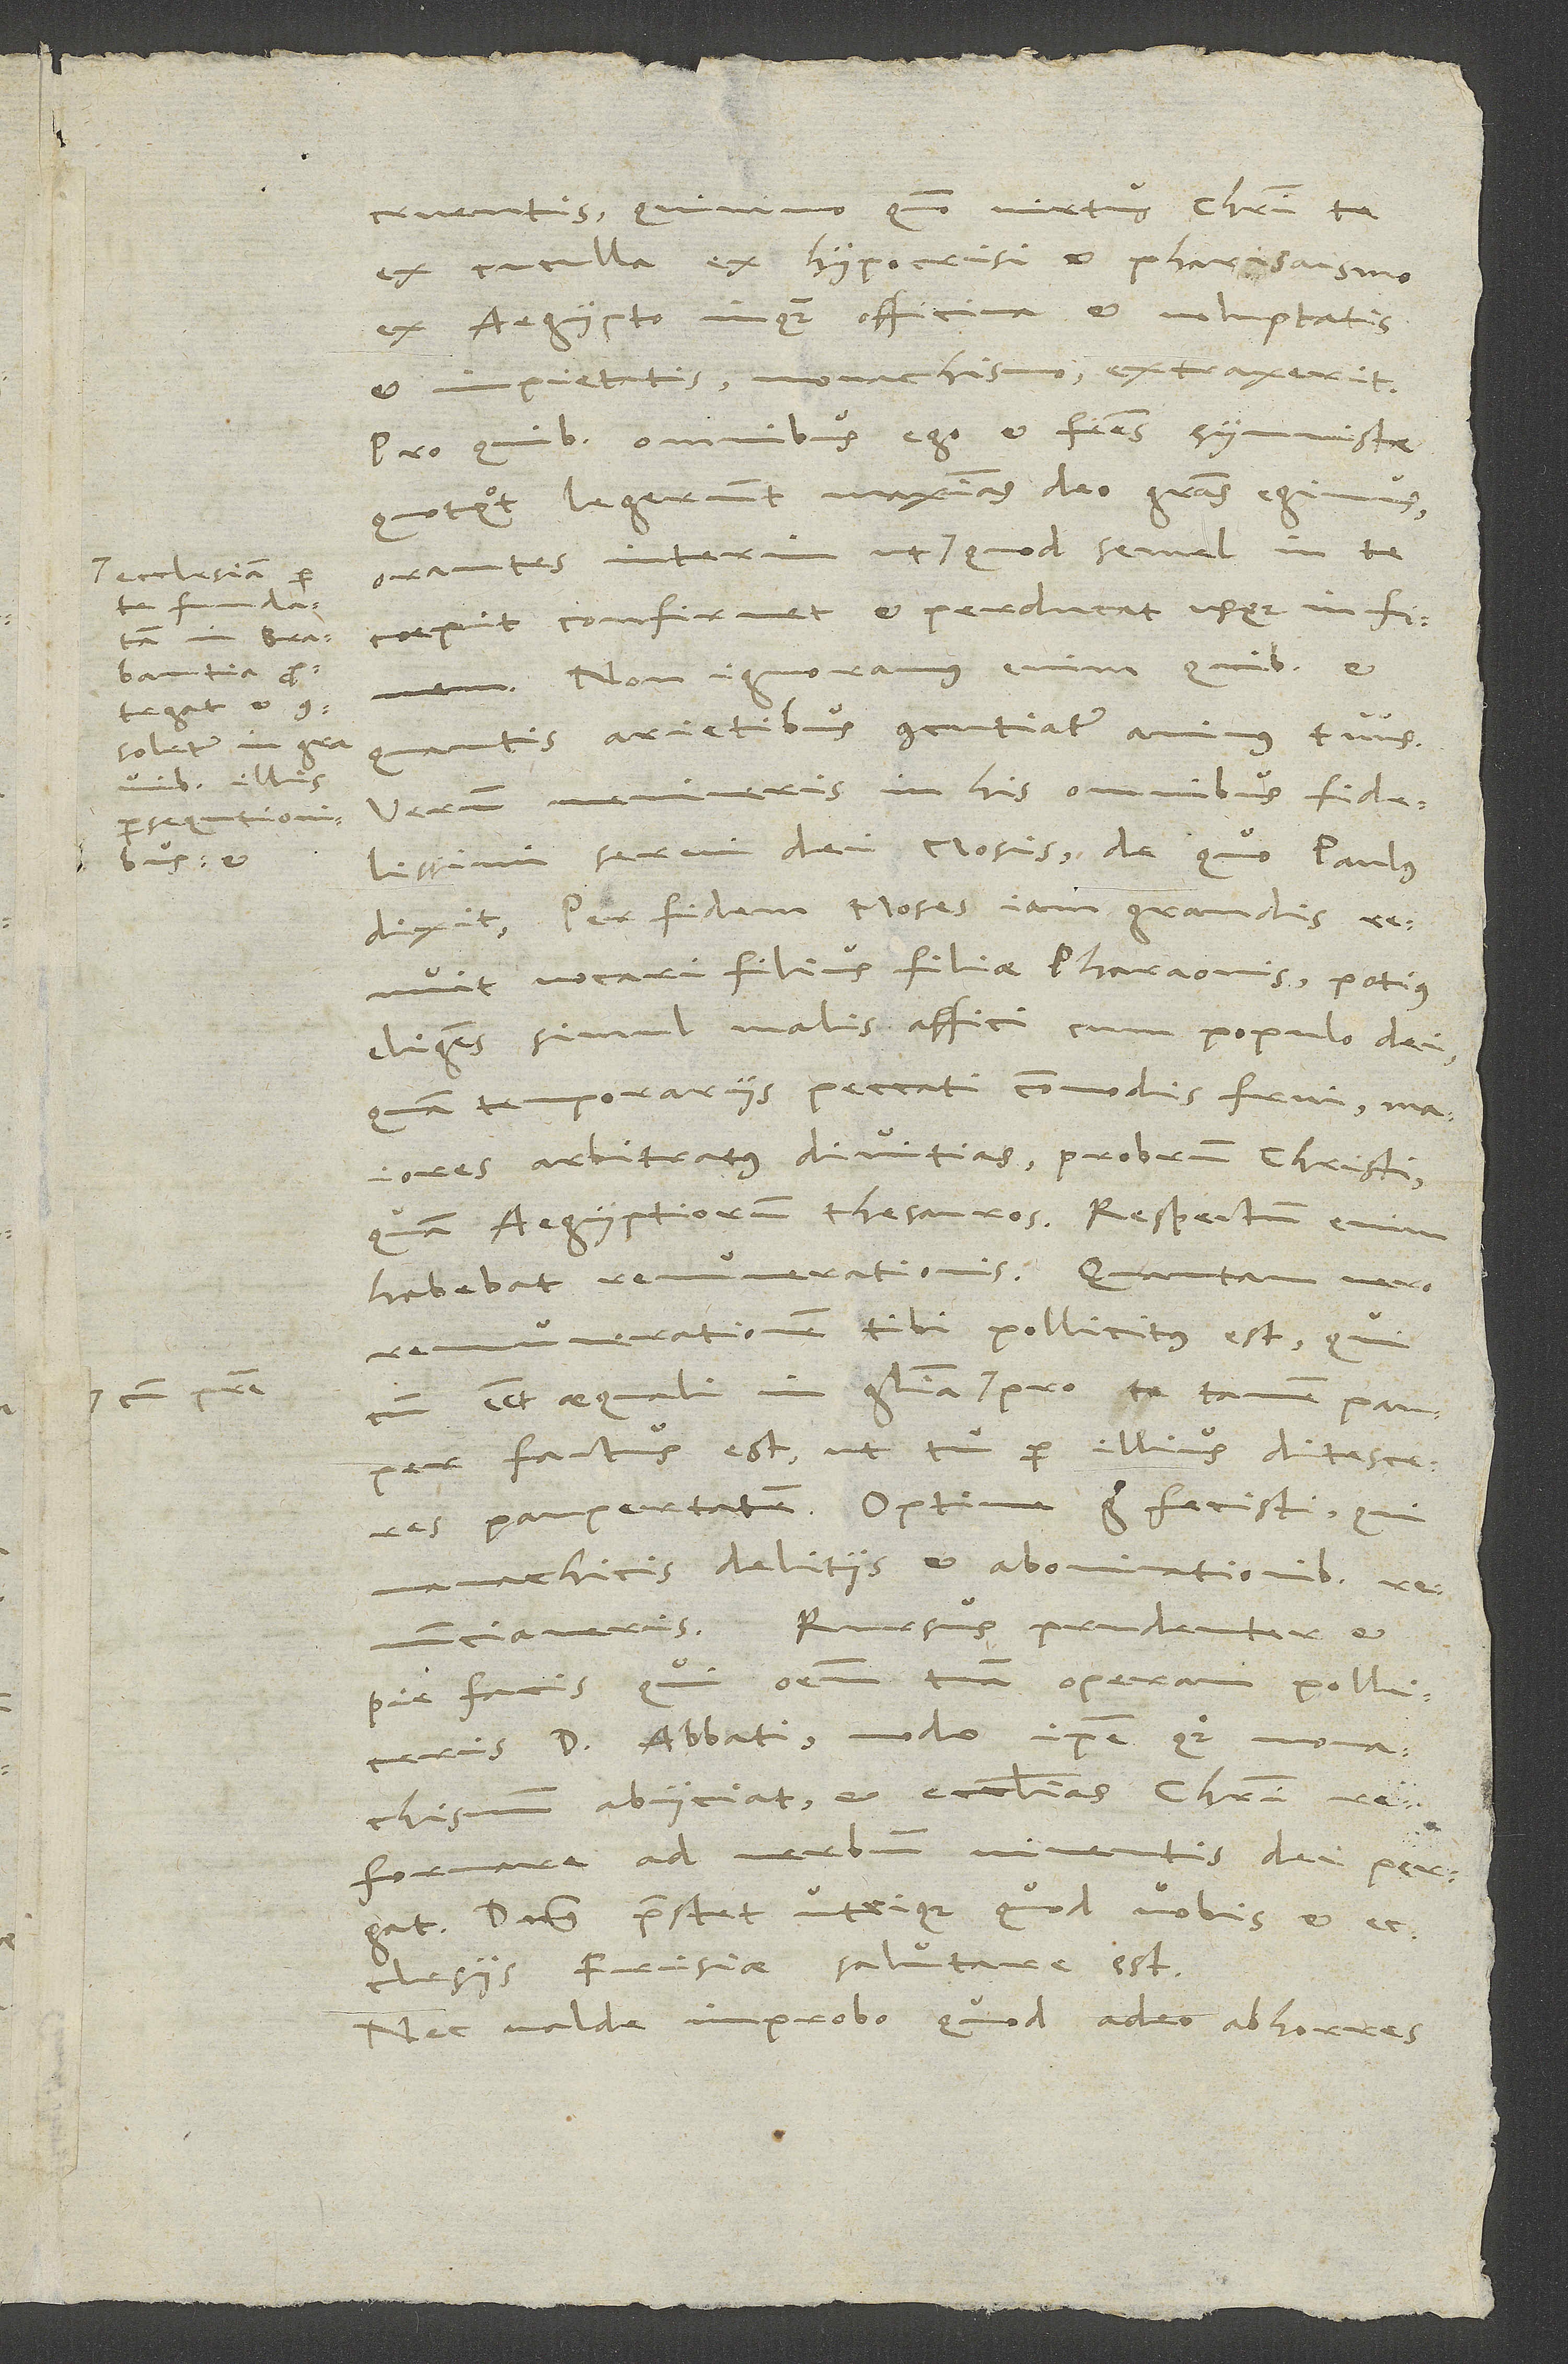
ecclesiam per
ab illis
persequtionibus,

cruentis, quinimo quomodo virtus Christi te
ex cuculla, ex hypocrisi et pharisaismo,
ex Aegypto, inquam, officina et voluptatis
et impietatis, monachismo, extraxerit.
Pro quibus omnibus ego et fratres symmistae,
quotquot legerunt, maximas deo gratias egimus,
coepit, confirmet et perducat usque in finem.
Non ignoramus enim, quibus et
quantis arietibus concutiatur animus tuus.
Verum memineris in his omnibus fidelissimi
servi dei Mosis, de quo Paulus
dixit: „Per fidem Moses iam grandis
vocari filius filiae Pharaonis, potius
eligens simul malis affici cum populo dei,
quam temporariis peccati commodis frui, maiores
arbitratus divitias probrum Christi
quam Aegyptiorum thesauros“ . Respectum enim
remunerationem tibi pollicitus est, qui
cum esset aequali in gloria cum patre pro te tamen pauper
factus est, ut tu per illius ditesceres
paupertatem. Optime ergo fecisti, qui
monachicis delitiis et abominationibus
renunciaveris. Rursus prudenter et
pie facis, qui omnem tuam operam polliceris
d. abbati. Modo ipse quoque monachismum
abiiciat et ecclesias Christi
reformare ad verbum viventis dei pergat.
Dominus praestet utrique, quod vobis et
ecclesiis Frisiae salutare est.
Nec valde improbo, quod adeo abhorres